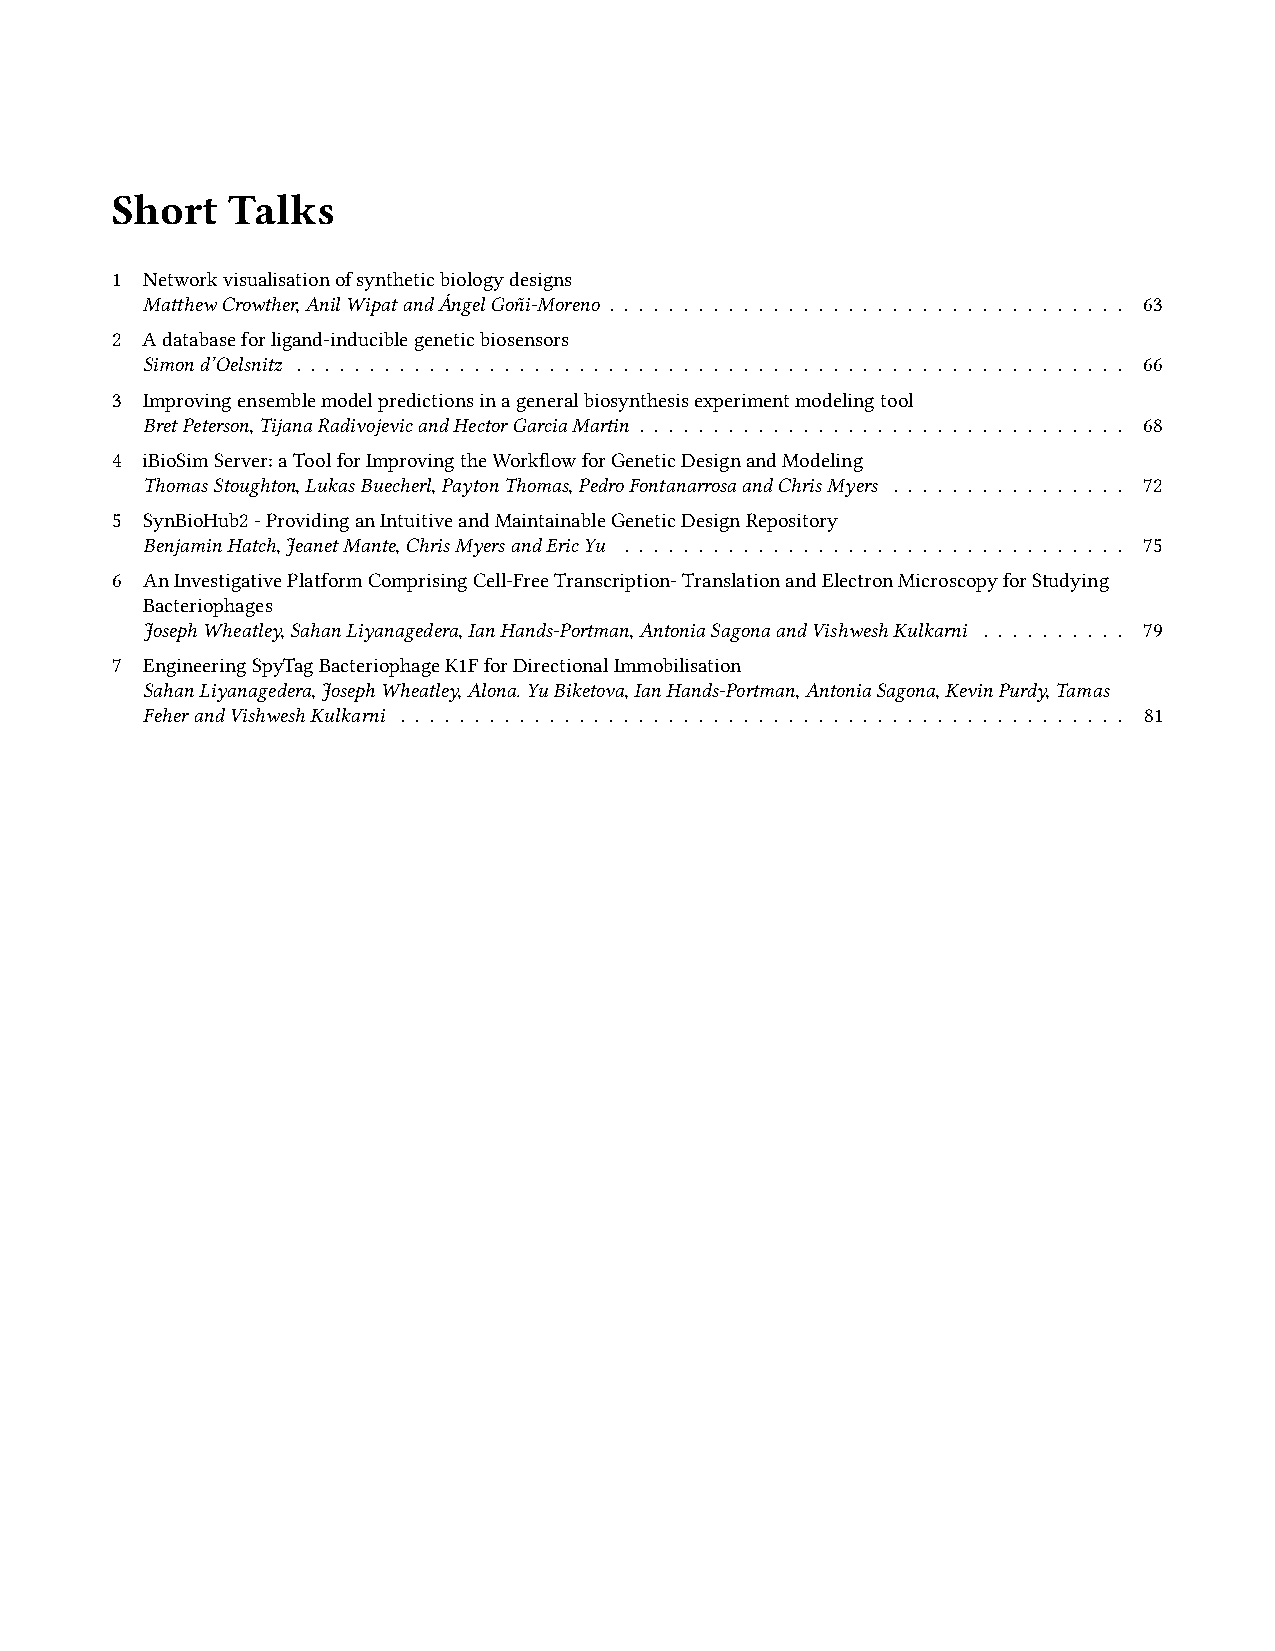
Short   Talks
 1 Networkvisualisationofsyntheticbiologydesigns
 MatthewCrowther,AnilWipatandÁngelGoñi-Moreno . . . . . . . . . . . . . . . . . . . . . . . . . . . . . . . . . . . 63
 2 Adatabaseforligand-induciblegeneticbiosensors
 Simond’Oelsnitz . . . . . . . . . . . . . . . . . . . . . . . . . . . . . . . . . . . . . . . . . . . . . . . . . . . . . . . . 66
 3 Improvingensemblemodelpredictionsinageneralbiosynthesisexperimentmodelingtool
 BretPeterson,TijanaRadivojevicandHectorGarciaMartin . . . . . . . . . . . . . . . . . . . . . . . . . . . . . . . . . 68
 4 iBioSimServer:aToolforImprovingtheWorkflowforGeneticDesignandModeling
 ThomasStoughton,LukasBuecherl,PaytonThomas,PedroFontanarrosaandChrisMyers . . . . . . . . . . . . . . . . 72
 5 SynBioHub2-ProvidinganIntuitiveandMaintainableGeneticDesignRepository
 BenjaminHatch,JeanetMante,ChrisMyersandEricYu . . . . . . . . . . . . . . . . . . . . . . . . . . . . . . . . . . 75
 6 AnInvestigativePlatformComprisingCell-FreeTranscription-TranslationandElectronMicroscopyforStudying
 Bacteriophages
 JosephWheatley,SahanLiyanagedera,IanHands-Portman,AntoniaSagonaandVishweshKulkarni . . . . . . . . . . 79
 7 EngineeringSpyTagBacteriophageK1FforDirectionalImmobilisation
 SahanLiyanagedera,JosephWheatley,Alona.YuBiketova,IanHands-Portman,AntoniaSagona,KevinPurdy,Tamas
 FeherandVishweshKulkarni . . . . . . . . . . . . . . . . . . . . . . . . . . . . . . . . . . . . . . . . . . . . . . . . . 81